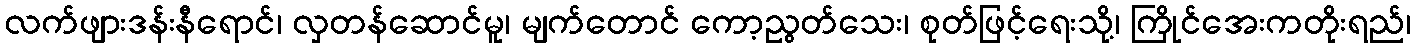
လက်ဖျားဒန်းနီရောင်၊ လှတန်ဆောင်မူ၊ မျက်တောင် ကော့ညွတ်သေး၊ စုတ်ဖြင့်ရေးသို့၊ ကြိုင်အေးကတိုးရည်၊